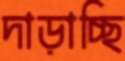
দাড়াচ্ছি